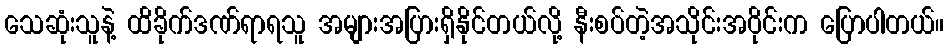
သေဆုံးသူနဲ့ ထိခိုက်ဒဏ်ရာရသူ အများအပြားရှိနိုင်တယ်လို့ နီးစပ်တဲ့အသိုင်းအဝိုင်းက ပြောပါတယ်။